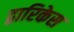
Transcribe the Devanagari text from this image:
द्वारिकेस